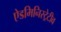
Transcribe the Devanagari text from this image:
ऐडमिनिस्ट्रेटीव